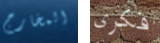
المخارج فكرى